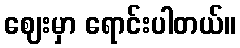
ဈေးမှာ ရောင်းပါတယ်။